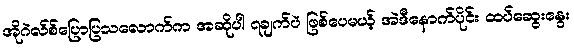
အိုဂဲလ်စ်ပြောပြသလောက်က အဆိုပါ ၇ချက်ပဲ ဖြစ်ပေမယ့် အဲဒီနောက်ပိုင်း ထပ်ဆွေးနွေး